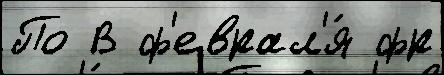
По В ф'еврал'я́ фр